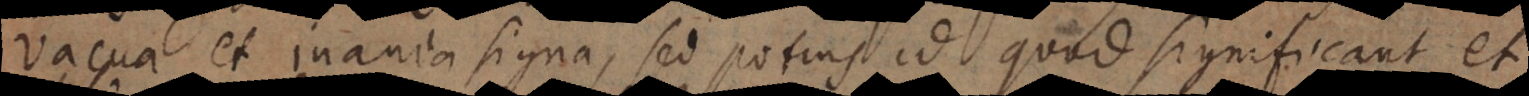
vacua et inania signa, sed potius id quod significant et